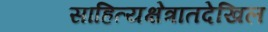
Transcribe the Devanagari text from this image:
साहित्यक्षेत्रातदेखिल